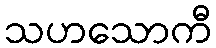
သဟသောကီ